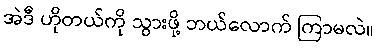
အဲဒီ ဟိုတယ်ကို သွားဖို့ ဘယ်လောက် ကြာမလဲ။